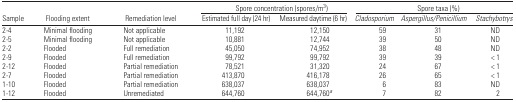
<table><thead><tr><td></td><td></td><td></td><td colspan="2"><b>Spore concentration (spores/m<sup>3</sup>)</b></td><td colspan="3"><b>Spore taxa (%)</b></td></tr><tr><td><b>Sample</b></td><td><b>Flooding extent</b></td><td><b>Remediation level</b></td><td><b>Estimated full day (24 hr)</b></td><td><b>Measured daytime (6 hr)</b></td><td><b><i>Cladosporium</i></b></td><td><b><i>Aspergillus/Penicillium</i></b></td><td><b><i>Stachybotrys</i></b></td></tr></thead><tbody><tr><td>2–4</td><td>Minimal flooding</td><td>Not applicable</td><td>11,192</td><td>12,150</td><td>59</td><td>31</td><td>ND</td></tr><tr><td>2–5</td><td>Minimal flooding</td><td>Not applicable</td><td>10,881</td><td>12,744</td><td>39</td><td>50</td><td>ND</td></tr><tr><td>2–2</td><td>Flooded</td><td>Full remediation</td><td>45,050</td><td>74,952</td><td>38</td><td>48</td><td>ND</td></tr><tr><td>2–9</td><td>Flooded</td><td>Full remediation</td><td>99,792</td><td>99,792</td><td>39</td><td>39</td><td>&lt; 1</td></tr><tr><td>2–12</td><td>Flooded</td><td>Partial remediation</td><td>78,521</td><td>31,320</td><td>24</td><td>67</td><td>&lt; 1</td></tr><tr><td>2–7</td><td>Flooded</td><td>Partial remediation</td><td>413,870</td><td>416,178</td><td>26</td><td>65</td><td>&lt; 1</td></tr><tr><td>1–10</td><td>Flooded</td><td>Partial remediation</td><td>638,037</td><td>638,037</td><td>6</td><td>83</td><td>ND</td></tr><tr><td>1–12</td><td>Flooded</td><td>Unremediated</td><td>644,760</td><td>644,760<i><sup>a</sup></i></td><td>7</td><td>82</td><td>2</td></tr></tbody></table>